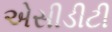
એસીડીટી